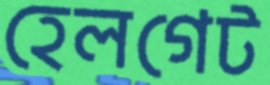
হেলগেট